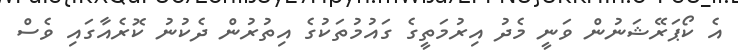
އެ ކޯޕަރޭޝަނުން ވަނީ މެދު އިރުމަތީގެ ގައުމުތަކުގެ އިތުރުން ދެކުނު ކޮރެއާގައި ވެސް